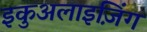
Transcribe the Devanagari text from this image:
इकुअलाइज़िंग